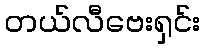
တယ်လီဗေးရှင်း